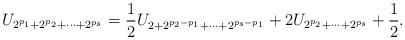
LaTeX: \begin{align*}U_{2^{p_1}+2^{p_2}+\cdots+2^{p_s}}=\frac{1}{2}U_{2+2^{p_2-p_1}+\cdots+2^{p_s-p_1}}+2U_{2^{p_2}+\cdots+2^{p_s}}+\frac{1}{2}.\end{align*}